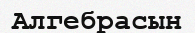
Алгебрасын